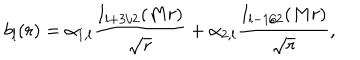
b _ { l } ( r ) = \alpha _ { 1 , l } { \frac { I _ { l + 3 / 2 } ( M r ) } { \sqrt { r } } } + \alpha _ { 2 , l } { \frac { I _ { l - 1 / 2 } ( M r ) } { \sqrt { r } } } ,